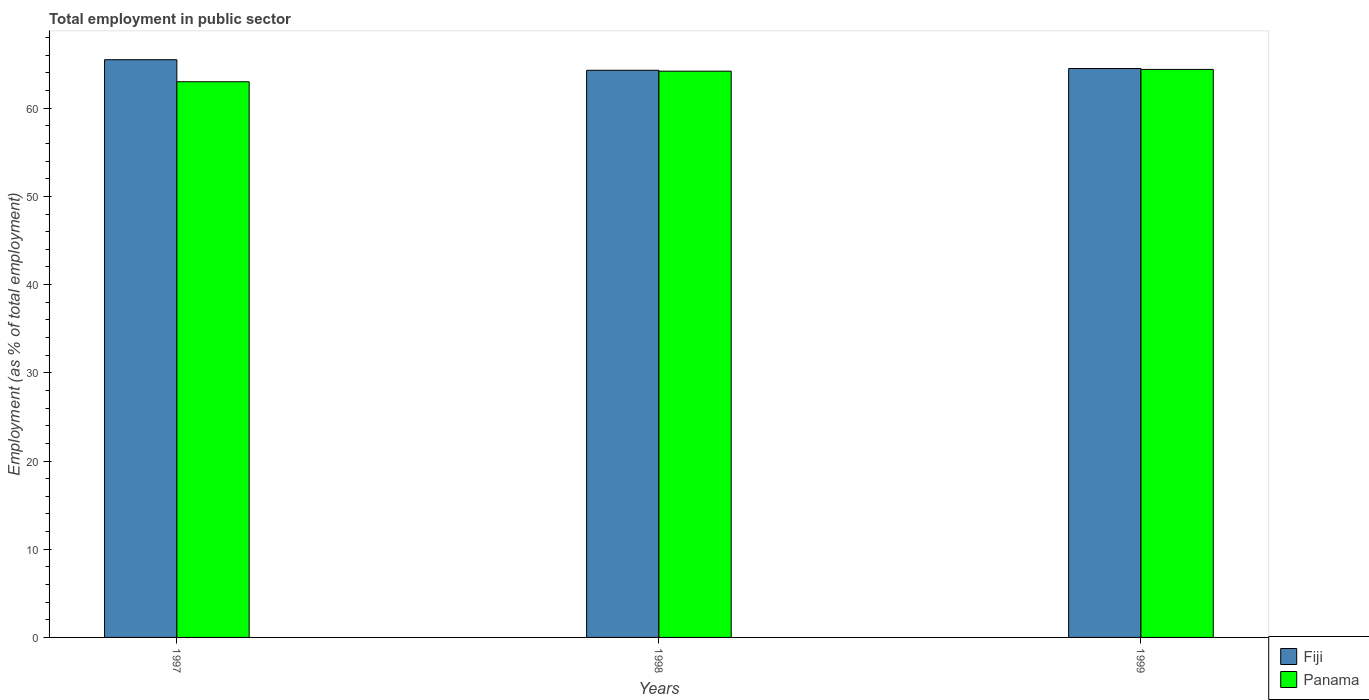
| Years | Fiji | Panama |
 | --- | --- | --- |
 | 1997 | 65.5 | 63 |
 | 1998 | 64.3 | 64.2 |
 | 1999 | 64.5 | 64.4 |